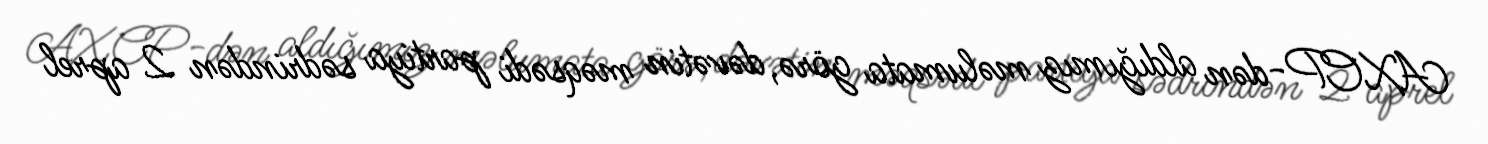
AXCP-dən aldığımız məlumata görə, dəvətin məqsədi partiya sədrindən 2 aprel